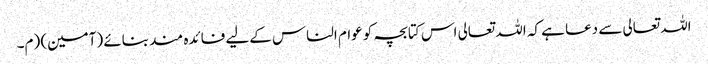
اللہ تعالی سے دعا ہے کہ اللہ تعالی اس کتابچہ کو عوام الناس کےلیے فائدہ مند بنائے (آمین) (م۔